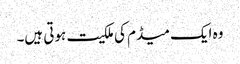
وہ ایک میڈم کی ملکیت ہوتی ہیں۔